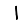
Digit: 1